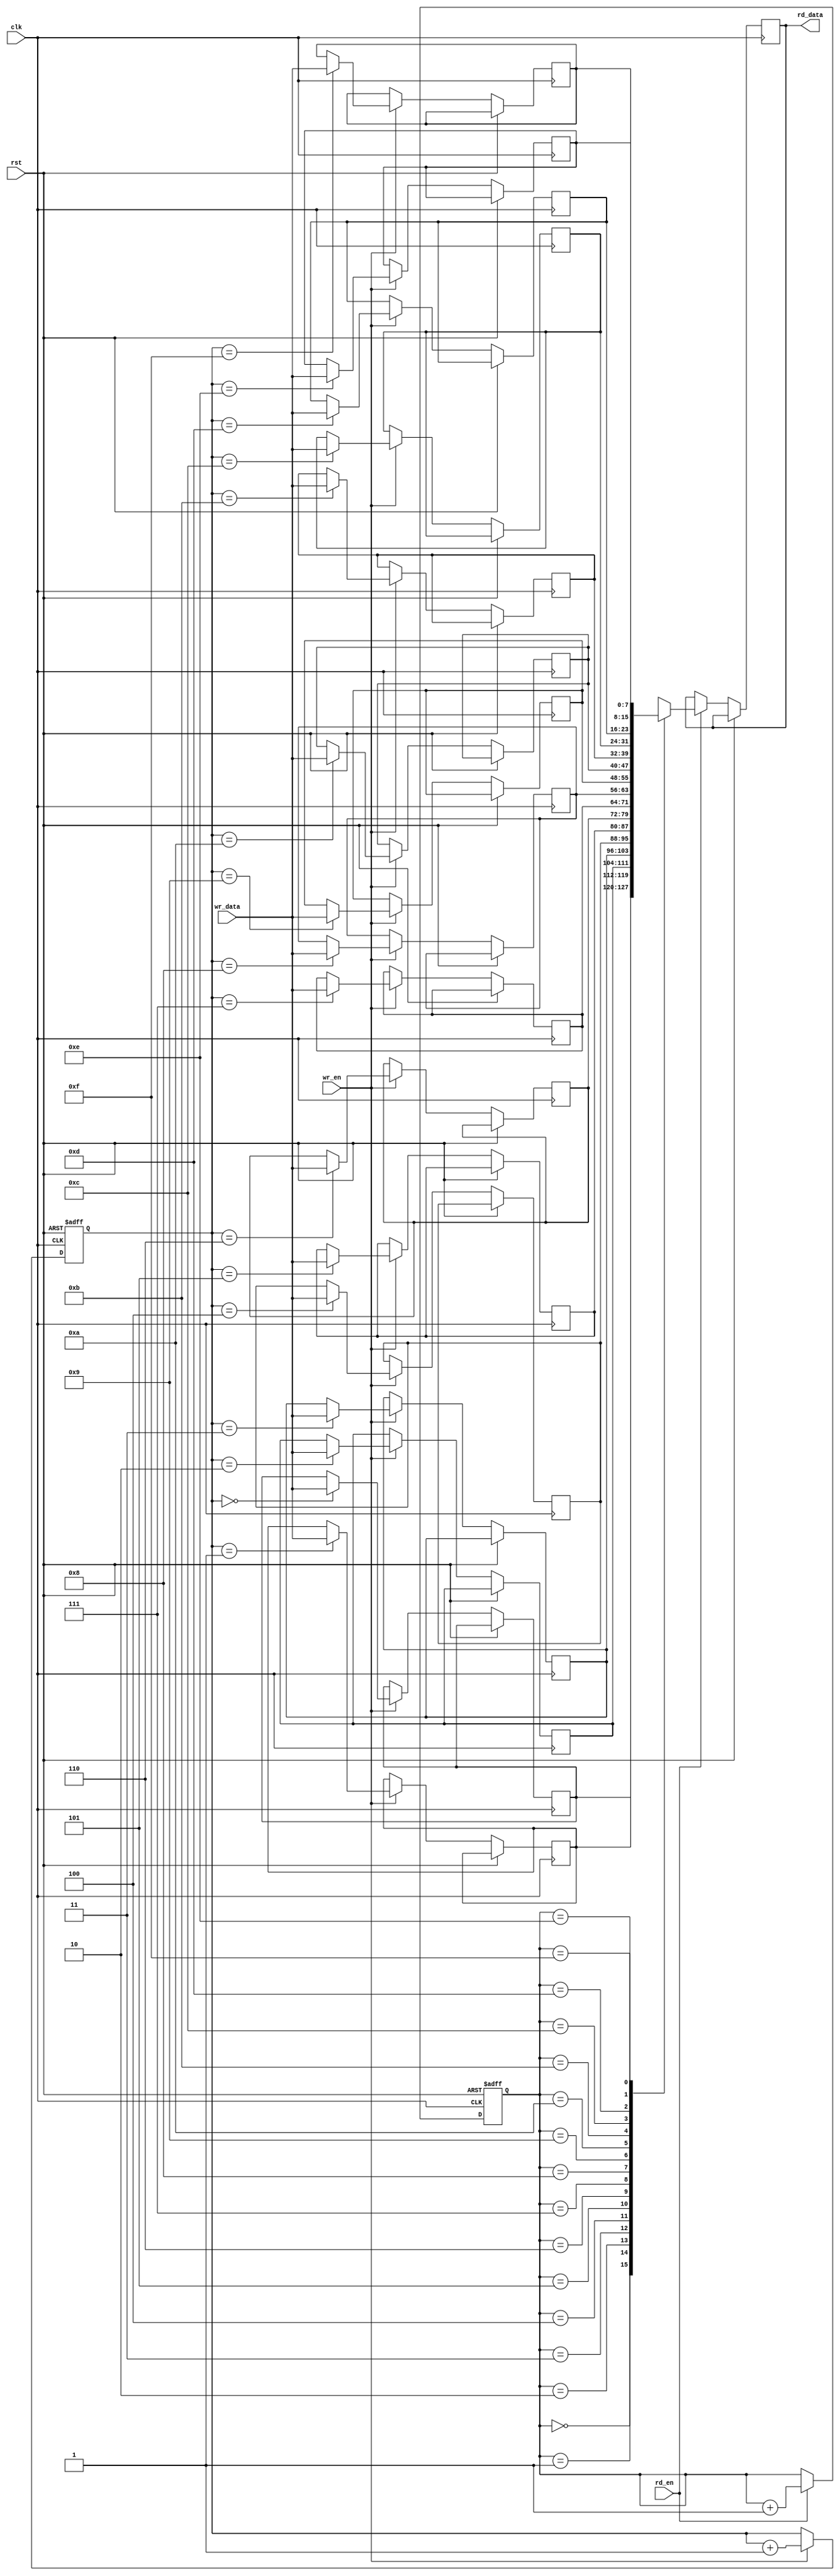
module synchronous_fifo (
    input wire clk,      // Clock input
    input wire rst,      // Reset input
    
    // Input data and write control
    input wire wr_en,    // Write enable
    input wire [7:0] wr_data, // Data to be written
    
    // Output data and read control
    output reg [7:0] rd_data, // Data to be read
    input wire rd_en       // Read enable
);

reg [7:0] memory [15:0]; // Memory array to store data
reg [3:0] wr_ptr, rd_ptr; // Write and read pointers

always @(posedge clk or posedge rst) begin
    if (rst) begin
        wr_ptr <= 0;
        rd_ptr <= 0;
    end else begin
        if (wr_en) begin
            memory[wr_ptr] <= wr_data;
            wr_ptr <= wr_ptr + 1;
        end
        
        if (rd_en) begin
            rd_data <= memory[rd_ptr];
            rd_ptr <= rd_ptr + 1;
        end
    end
end

endmodule